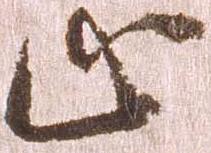
止